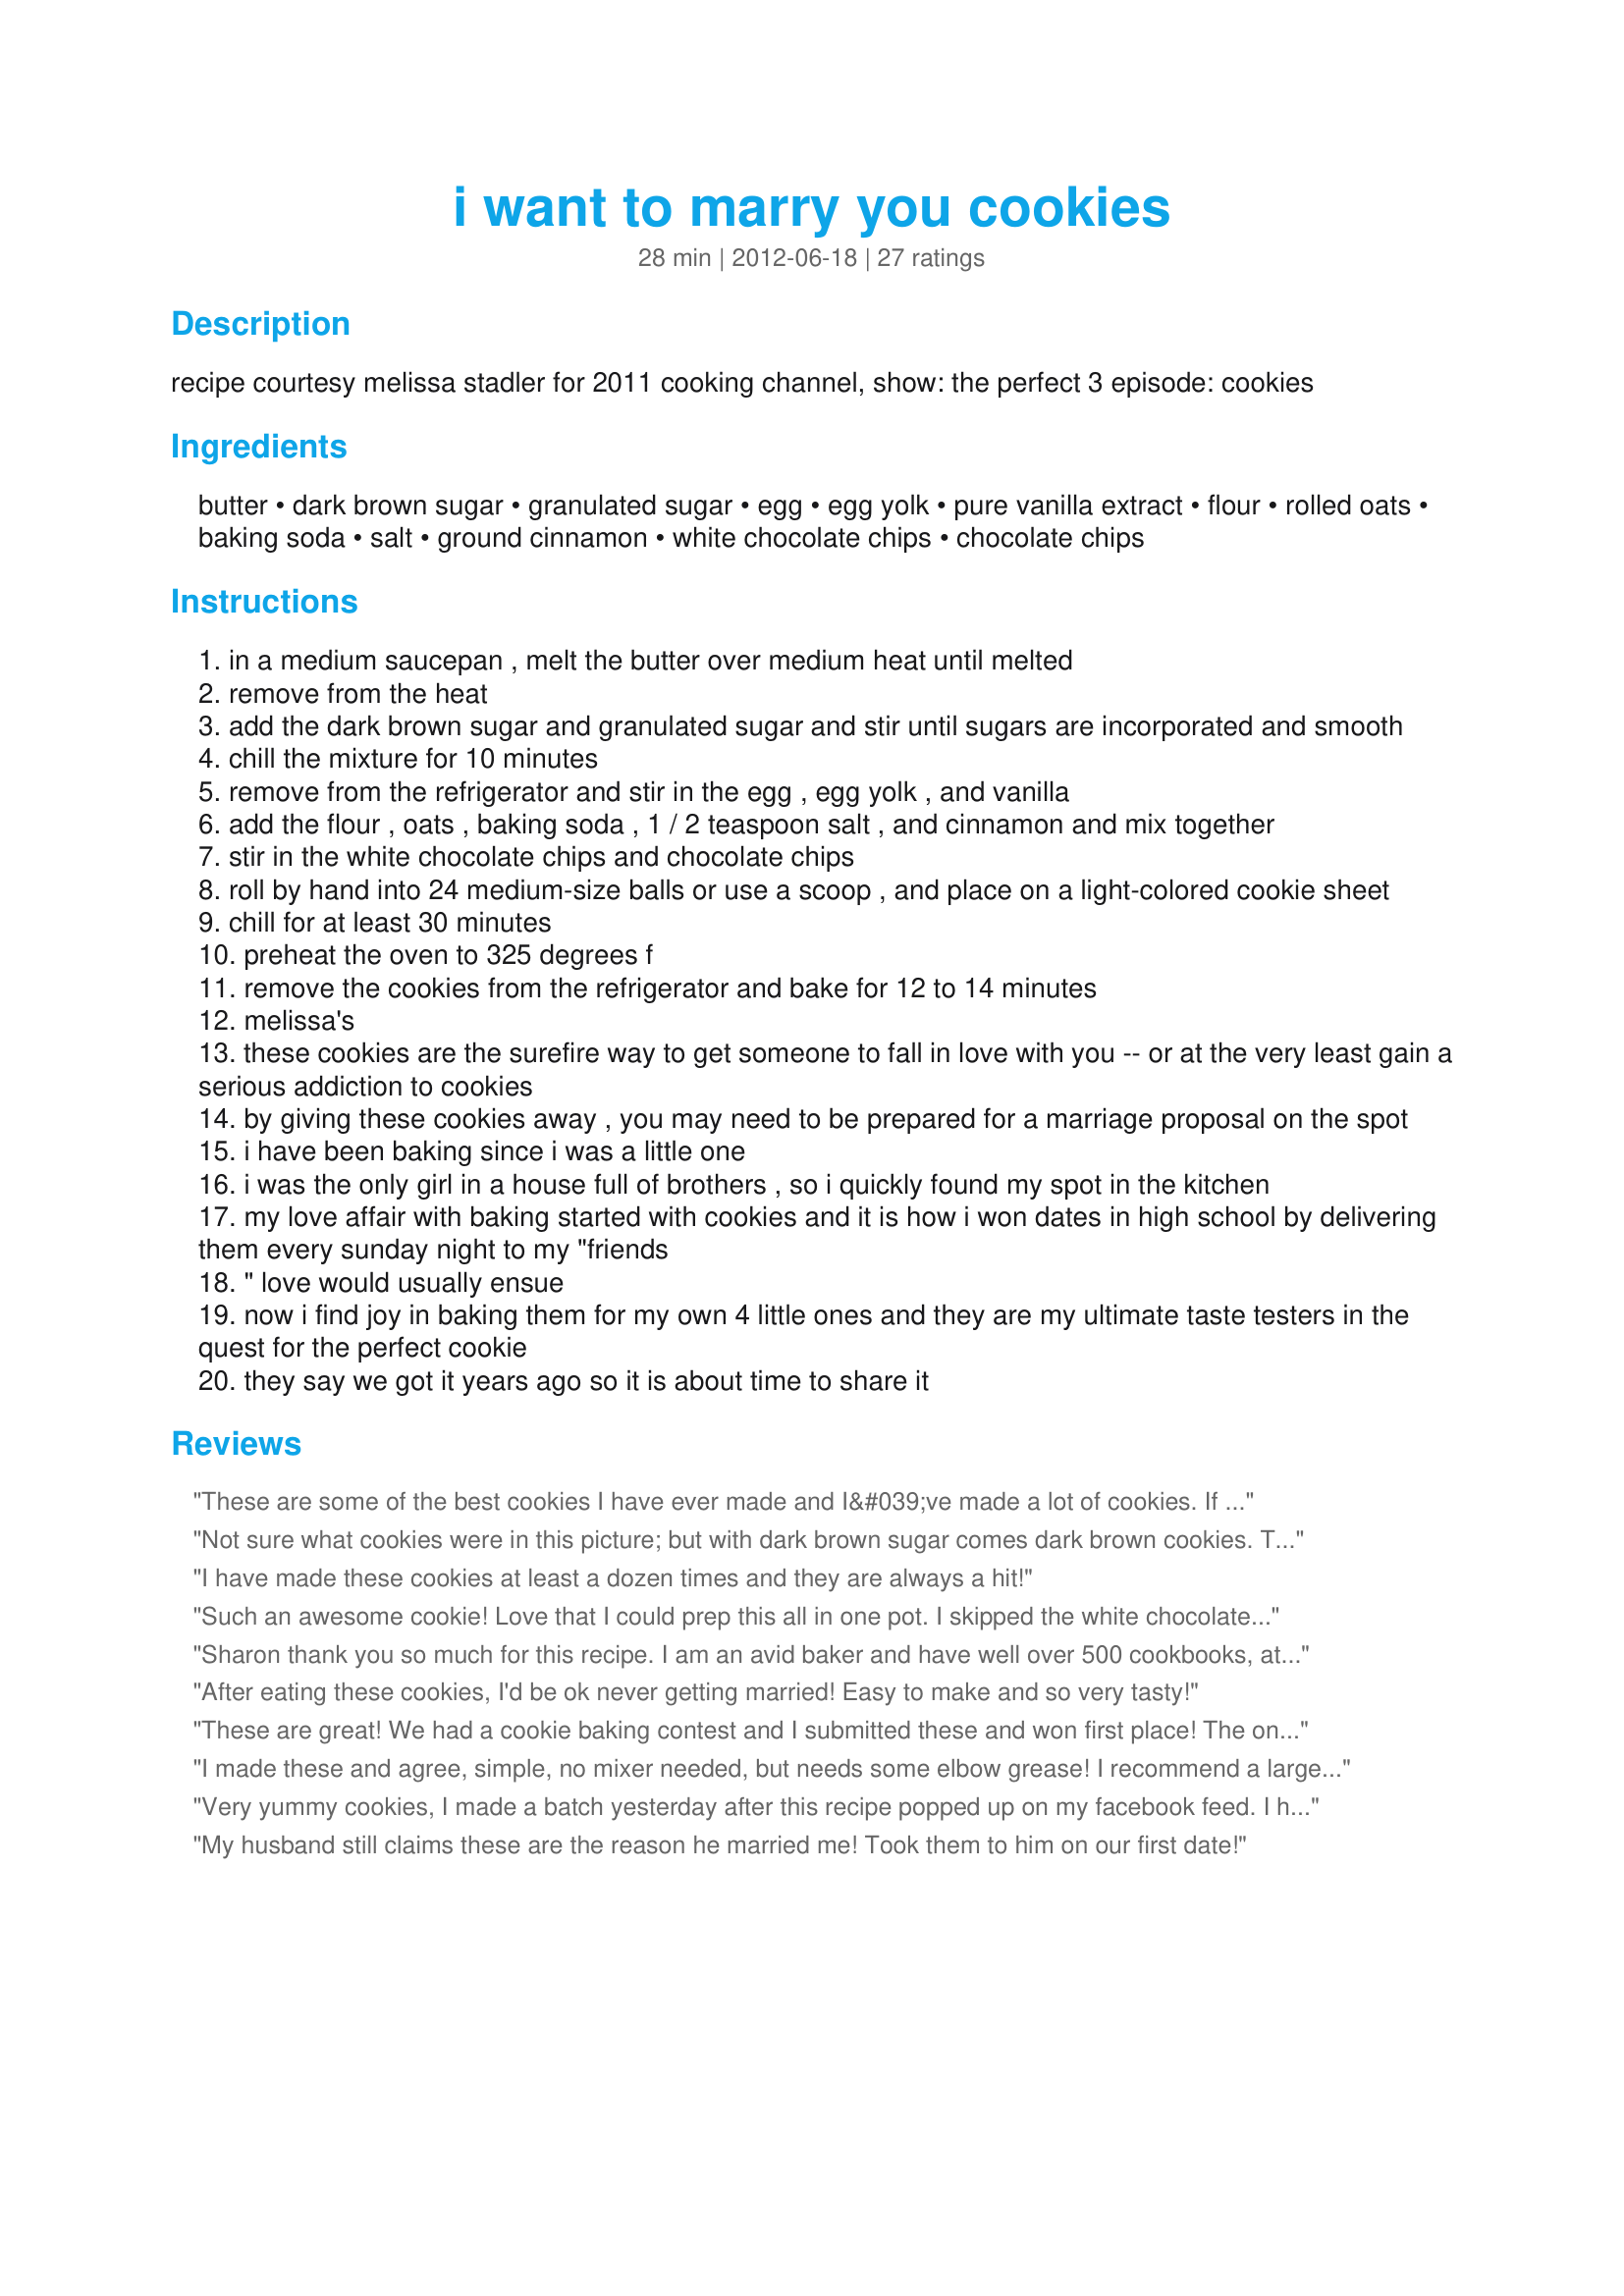
i want to marry you cookies
Preparation time: 28 minutes

recipe courtesy melissa stadler for 2011 cooking channel, show: the perfect 3 episode: cookies

Ingredients:
butter, dark brown sugar, granulated sugar, egg, egg yolk, pure vanilla extract, flour, rolled oats, baking soda, salt, ground cinnamon, white chocolate chips, chocolate chips

Steps:
in a medium saucepan , melt the butter over medium heat until melted
remove from the heat
add the dark brown sugar and granulated sugar and stir until sugars are incorporated and smooth
chill the mixture for 10 minutes
remove from the refrigerator and stir in the egg , egg yolk , and vanilla
add the flour , oats , baking soda , 1 / 2 teaspoon salt , and cinnamon and mix together
stir in the white chocolate chips and chocolate chips
roll by hand into 24 medium-size balls or use a scoop , and place on a light-colored cookie sheet
chill for at least 30 minutes
preheat the oven to 325 degrees f
remove the cookies from the refrigerator and bake for 12 to 14 minutes
melissa's
these cookies are the surefire way to get someone to fall in love with you -- or at the very least gain a serious addiction to cookies
by giving these cookies away , you may need to be prepared for a marriage proposal on the spot
i have been baking since i was a little one
i was the only girl in a house full of brothers , so i quickly found my spot in the kitchen
my love affair with baking started with cookies and it is how i won dates in high school by delivering them every sunday night to my "friends
" love would usually ensue
now i find joy in baking them for my own 4 little ones and they are my ultimate taste testers in the quest for the perfect cookie
they say we got it years ago so it is about time to share it

Reviews:
These are some of the best cookies I have ever made and I&#039;ve made a lot of cookies. If I owned a bakery I would bake these and sell them. I left out the cinnamon but otherwise included all ingredients.
Not sure what cookies were in this picture; but with dark brown sugar comes dark brown cookies. They sort of melted on the cookie sheet and were very disappointing. I followed the recipe exactly.
I have made these cookies at least a dozen times and they are always a hit!
Such an awesome cookie! Love that I could prep this all in one pot. I skipped the white chocolate and did semi-sweet and extra dark chocolate chips instead. I ended up with extra dough, so made some &quot;cookie donuts&quot; just for fun. I found under-baking them by 2 to 3 minutes was best. They firm up quite a bit overnight. Work quickly to roll/scoop them--the dough starts to fall apart if they get too warm.
Sharon thank you so much for this recipe. I am an avid baker and have well over 500 cookbooks, at least 25 devoted just to cookies. I also have a folder of just Chocolate Chip cookie recipes. Yours is the new favorite for all the friends and customers I bake for. I also love the ease of the recipe made all by hand and the fact that they are excellent &quot;keepers. &quot;&lt;br/&gt;The timing was perfect since I saw a wonderful idea for Halloween with Chocolate chip cookies. You put about 3 large chips upside down on top before baking. When the cookies are cool you melt some chips with a very small amount of shortening added and pipe legs on the big chips to make spiders.&lt;br/&gt;Big, big hit with grown-ups and children alike.
After eating these cookies, I'd be ok never getting married! Easy to make and so very tasty!
These are great! We had a cookie baking contest and I submitted these and won first place! The only changes I made were to add chopped walnuts and pecans (one half cup total), use white, dark and semi-sweet chips and finish with a scant sprinkle of sea salt on top (the salt was an amazing contrast to the sweetness). Finally, through experimentation, I figured out that the longer you chill the cookie balls, the better the final product will be.
I made these and agree, simple, no mixer needed, but needs some elbow grease! I recommend a large pot (rice krispie sized), things get tricky to blend in your average saucepan. The key is to just chill the rolled dough and let the cookies finish, aka
Very yummy cookies, I made a batch yesterday after this recipe popped up on my facebook feed. I had to cook them 3-4 minutes longer than the recipe calls for - probably my oven, but they were still very soft and chewy at that point. I did add a cup of toasted walnut pieces to mine because we like nuts with our chocolate chips. My S.O. asked if we had enough for him to share with his work buddies - that&#039;s his highest compliment. This recipe will go in our keeper file.Oh, I wish people would take the time to proof their recipes/ingredient lists before posting them online. The amount of dark brown sugar is confusing and there is no amount listed in the ingredient list for the salt (although thankfully it is listed in the instruction). Might make things hard for someone who is not an experienced baker. 12/24/14 Edited to add - we have since started making these minus the cinnamon and adding in a cup of macadamia nuts. Too many folks said they were good but that the cinnamon didn&#039;t belong in them and made a weird taste combo. Also noted, I have to bake them about 5-6 minutes longer than the recipe states when making 2 dozen cookies as indicated in the recipe. I also see the author edited the recipe to clarify the brown sugar measurement. That&#039;s a good thing. :)
My husband still claims these are the reason he married me! Took them to him on our first date!
Wow, Sharon will you marry me. These cookies are amazing. They were quick and easy to make and tasted fantastic. Good luck keeping them around. Made exactly as written but used chunks of extra dark chocolate instead of chocolate chips, as I didn't have any. The chocolate chunks worked perfectly in these lovely large, sweet cookie. My dh is over the moon....say's this is a 10* recipe. Thanks so much for making me look good and for sharing this treat.
Very good recipe! Next time I&#039;ll cut down on the chocolate chips to one cup just to reduce the sugar content as a personal preference.
These cookies are amazing. My nephews always have me make them when I go visit. Thank you for the recipe! Delicious!
Very good recipe. They took about 5 more minutes baking than was called for, probably due to the lower oven temperature. I upped my second batch to 350 and they came out much better and took fewer minutes to bake that way. I used all kinds of chips (peanut butter, dark chocolate, semi-sweet, white chocolate) in the different batches I made - they all came out great! Thanks for the great recipe.
I made this with a gluten free flour mix and it came out awesome! The only suggestion...let the cookies completely cool on the cookie sheet. Gluten Free cookies tend to fall apart but the ones I left to completely cool down were perfect! Thanks for the recipe.
These are the best chocolate chip cookies I have ever made they are delicious. I will definitely be keeping this recipe in my go to recipe from now on. The only problem I had was the way they look they didn&#039;t look anything like the picture although they taste very good look of them wasn&#039;t very good. hopefully someone can give me a tip on how to make them look as good as they taste! Thanks so much for submitting these recipe.
We loved these cookies. I only had light brown sugar, so I used that, and increased the baking soda to a full teaspoon. My only problem was that after 10 minutes in the freezer, the butter/sugar mixture still was not cool, and after adding the flour and oats, the dough was still very sticky and there was no way I would have been able to roll it into balls. Added to this, even with all other ingredients added, the dough was still warm enough that it melted the chips a bit when I added them in. We ended up putting all of the dough in saran wrap, wrapping it up, and putting it in the freezer for about 30 minutes. By then it was cool enough for me to handle and I was able to roll it into balls. This recipe ended up making about 30 cookies, rather than the 24 that the recipe specified. Love them, though, and will definitely make them again.
Simply delicious. When I realized I was out of white chocolate chips, I substituted bittersweet chocolate chunks with the semi-sweet chips. Per another reviewers suggestion I added a cup of chopped macadamia nuts. Next time I will make it as written with the white chocolate chips. Thank you for sharing this recipe :)
These are some seriously good cookies! And, what an interesting technique. I halved the recipe only because I only had one stick of butter and they turned out great. Nice, light texture with just the slightest hint of cinnamon. This recipe goes straight to the keeper file. Thanks for posting the recipe!
The great thing about this recipe is the versatility of it. Here are a few suggestions:&lt;br/&gt; Chilling the dough is a must and I even place the dough balls in the freezer on the cookie sheet for a few minutes while I wait for my oven to preheat.&lt;br/&gt;I use all types of chocolate (sometimes omit the white chocolate) and love to add nuts because it balances out the toffee brown sugar goodness. &lt;br/&gt;After the butter is melted and has that browned butter smell, I add the sugars immediately and stir and stir and stir until the mixture is glossy smooth. &lt;br/&gt;Love these cookies!
exceptionally good!
These cookies are amazing. I made as written. In my opinion, when making these cookies, it is a must to use Chuncky chocolate chips. I also think it is a must to add chopped walnuts. Great recipe!!! I&#039;m sure you can add all kinds of your favorite goodies.
Try adding 1/2 chopped pecans and shredded coconut. I call them &quot;Everything But The Kitchen Sink Cookies&quot;.
I made these one night and they instantly became our very favorite cookie. Everyone loves them with or without nuts. They are so good especially warm and right out of the oven.
WOW!!! Not much more I can say about these cookies. I made them for our Valentines Day Dessert Buffet (along with another chocolate chip cookie recipe that was equally delicious), and hubby loved them, as did I. The grand-kids (ages 9 mon, 2, 3 &amp; 7 yrs) stopped by the next day and gobbled up all our left over dessert cookies (which we didn&#039;t have many of). Thanks for sharing your recipe. I saved your recipe &amp; plan to make these again. Simply terrific!
My batter seems very wet? Im a little nervous-followed directions to a tee. Im hoping by chilling it, it will turn out fine! Fingers crossed!
Very good recipe. I used chocolate toffee candy pieces, instead of white chocolate and added black walnuts. Delicious!
